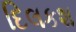
દિલકશ